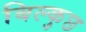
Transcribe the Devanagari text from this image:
बिल्कुछ